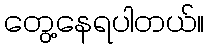
တွေ့နေရပါတယ်။